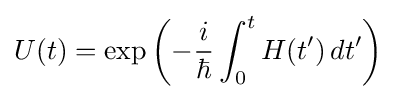
U(t)=\exp \left({-{\frac {i}{\hbar }}\int _{0}^{t}H(t')\,dt'}\right)